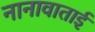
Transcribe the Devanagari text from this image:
नानावाताई